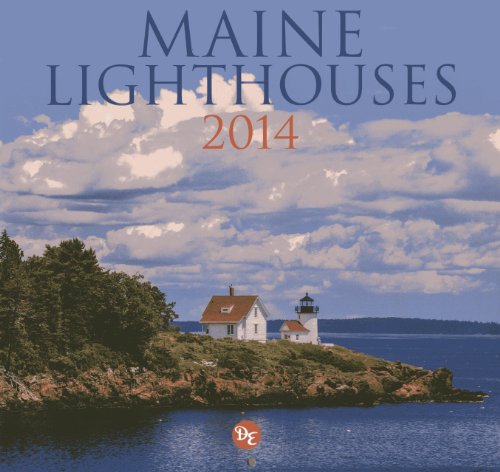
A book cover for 2014 Maine Lighthouses Calendar; Calendars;